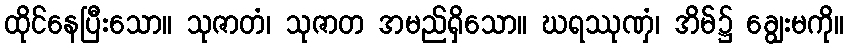
ထိုင်နေပြီးသော။ သုဇာတံ၊ သုဇာတ အမည်ရှိသော။ ဃရဿုဏှံ၊ အိမ်၌ ချွေးမကို။